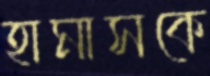
হামাসকে